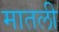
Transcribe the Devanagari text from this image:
मातली